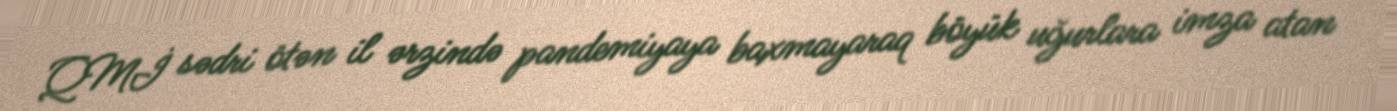
QMİ sədri ötən il ərzində pandemiyaya baxmayaraq böyük uğurlara imza atan